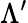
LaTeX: \Lambda^{\prime}